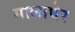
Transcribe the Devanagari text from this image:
गालाघेर